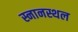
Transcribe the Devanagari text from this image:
स्नानस्थल